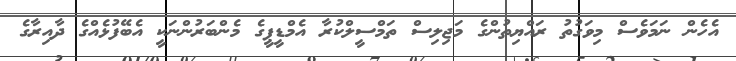
އެހެން ނަމަވެސް މިވަގުތު ރައްޔިތުންގެ މަޖިލިސް ތަމްސީލްކުރާ އެމްޑީޕީގެ މެންބަރުންނަކީ އެބޭފުޅެއްގެ ދާއިރާގެ